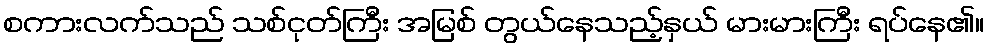
စကားလက်သည် သစ်ငုတ်ကြီး အမြစ် တွယ်နေသည့်နှယ် မားမားကြီး ရပ်နေ၏။